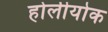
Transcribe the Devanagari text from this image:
होलीयोक